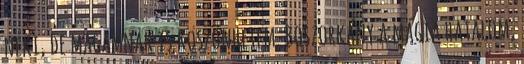
neki, de magamnak is köszönhetem. Boszorkány a mágia hatalom,